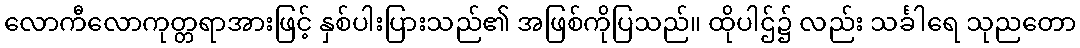
လောကီလောကုတ္တရာအားဖြင့် နှစ်ပါးပြားသည်၏ အဖြစ်ကိုပြသည်။ ထိုပါဌ်၌ လည်း သင်္ခါရေ သုညတော